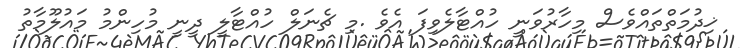
ޚިދުމަތްތައްވެސް މިހާރުވަނީ ހުއްޓާލެވިފަ އެވެ .މި ޗެނަލް ހުއްޓާލީ ދީނީ މުހިންމު މައުލޫމާތު